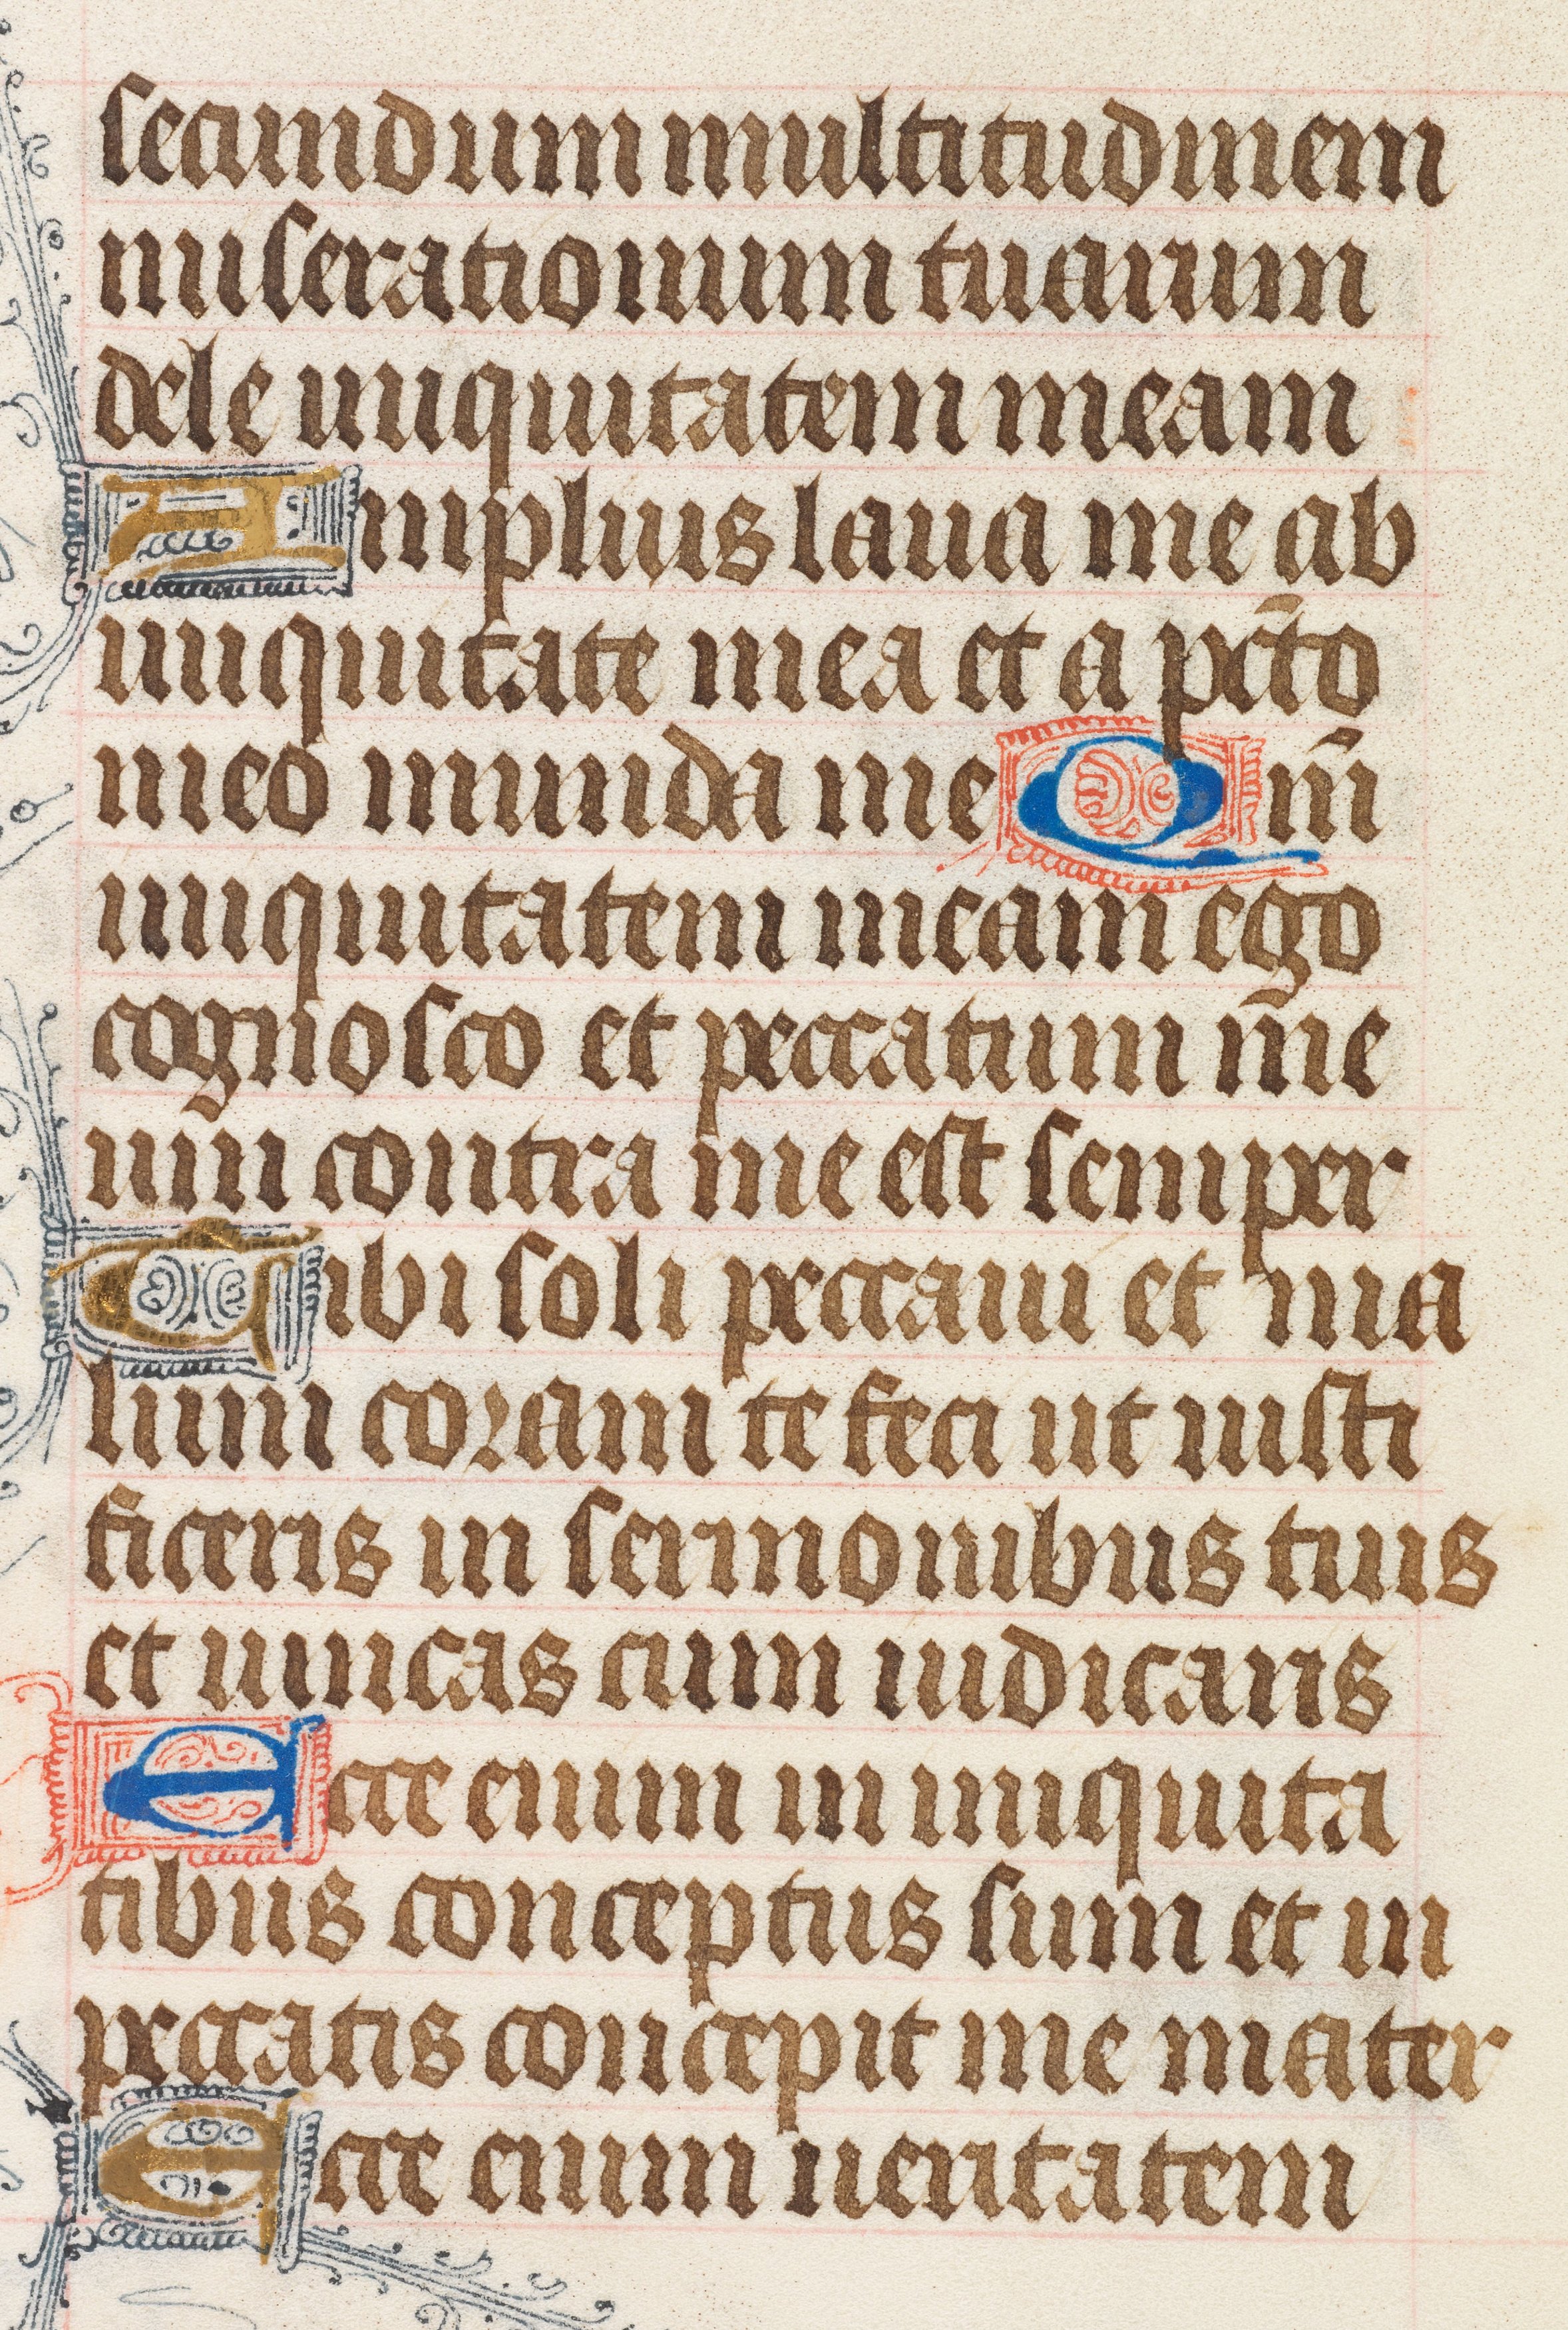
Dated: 1425–1465